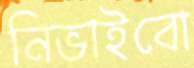
নিভাইবো